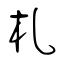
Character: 札